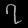
Digit: ၇